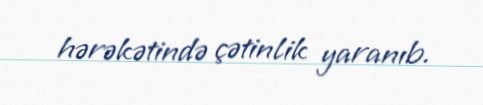
hərəkətində çətinlik yaranıb.